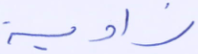
زاوية